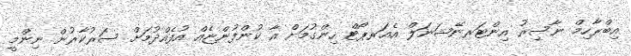
އިބްރާހިމް ނާސިރު އިންޓަރނޭޝަނަލް އެއަރޕޯޓް ހިންގުމަށް އާ ކުންފުންޏެއް އުފެއްދުމަށް ސަރުކާރުން ނިންމީ